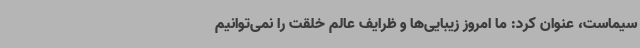
سیماست، عنوان کرد: ما امروز زیبایی‌ها و ظرایف عالم خلقت را نمی‌توانیم